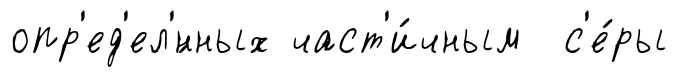
опр'ед'ел'́нных част'и́чным с'е́ры